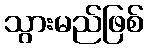
သွားမည်ဖြစ်